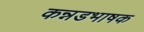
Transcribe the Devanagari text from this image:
कन्नडभाषक